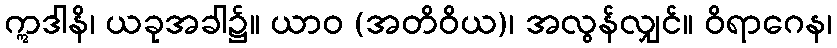
ဣဒါနိ၊ ယခုအခါ၌။ ယာဝ (အတိဝိယ)၊ အလွန်လျှင်။ ဝိရာဂေန၊